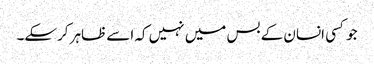
جو کسی انسان کے بس میں نہیں کہ اسے ظاہر کرسکے۔